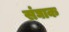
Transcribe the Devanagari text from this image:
संघाक